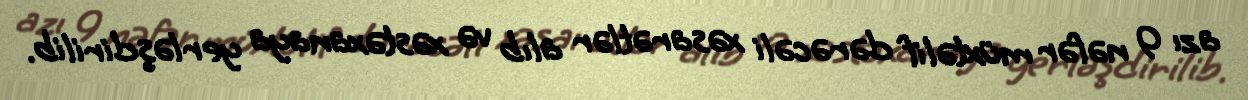
azı 9 nəfər müxtəlif dərəcəli xəsarətlər alıb və xəstəxanaya yerləşdirilib.